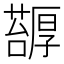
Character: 𠫅